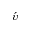
\acute { \upsilon }